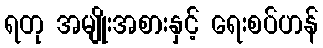
ရတု အမျိုးအစားနှင့် ရေးစပ်ဟန်